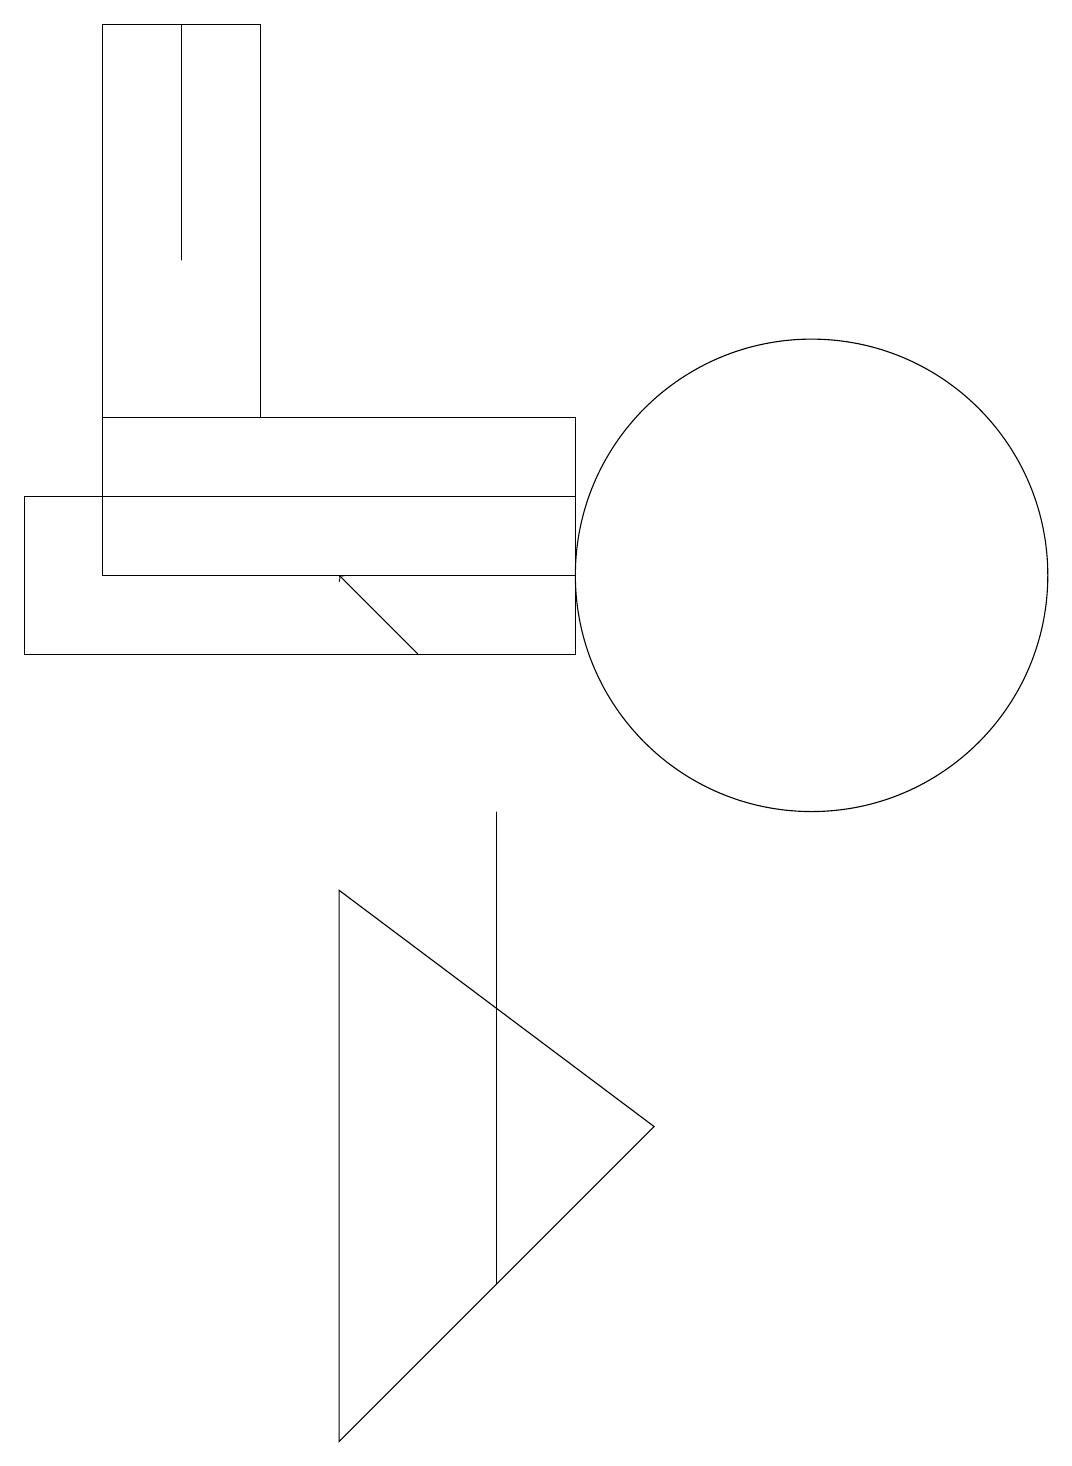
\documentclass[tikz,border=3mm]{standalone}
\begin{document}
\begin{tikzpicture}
\draw (10,11) circle (3);
\draw (1,13) rectangle (3,18);
\draw (4,7) -- (4,0) -- (8,4) -- cycle;
\draw (2,18) rectangle (2,15);
\draw (6,2) -- (6,8) -- (6,4) -- cycle;
\draw (7,13) rectangle (1,11);
\draw (0,10) rectangle (7,12);
\draw[->] (5,10) -- (4,11);
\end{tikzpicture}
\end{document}